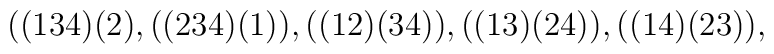
\hspace{1in}((134)(2),((234)(1)),((12)(34)), ((13)(24)), ((14)(23)),